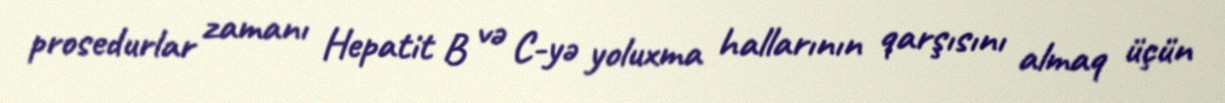
prosedurlar zamanı Hepatit B və C-yə yoluxma hallarının qarşısını almaq üçün